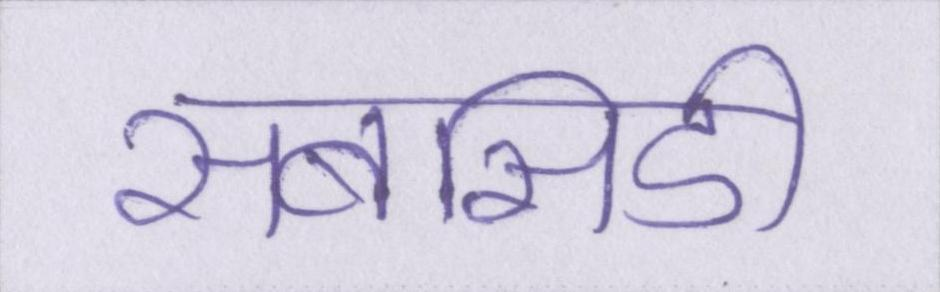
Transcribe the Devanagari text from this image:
सबसिडी